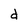
Character: d